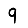
Digit: 9